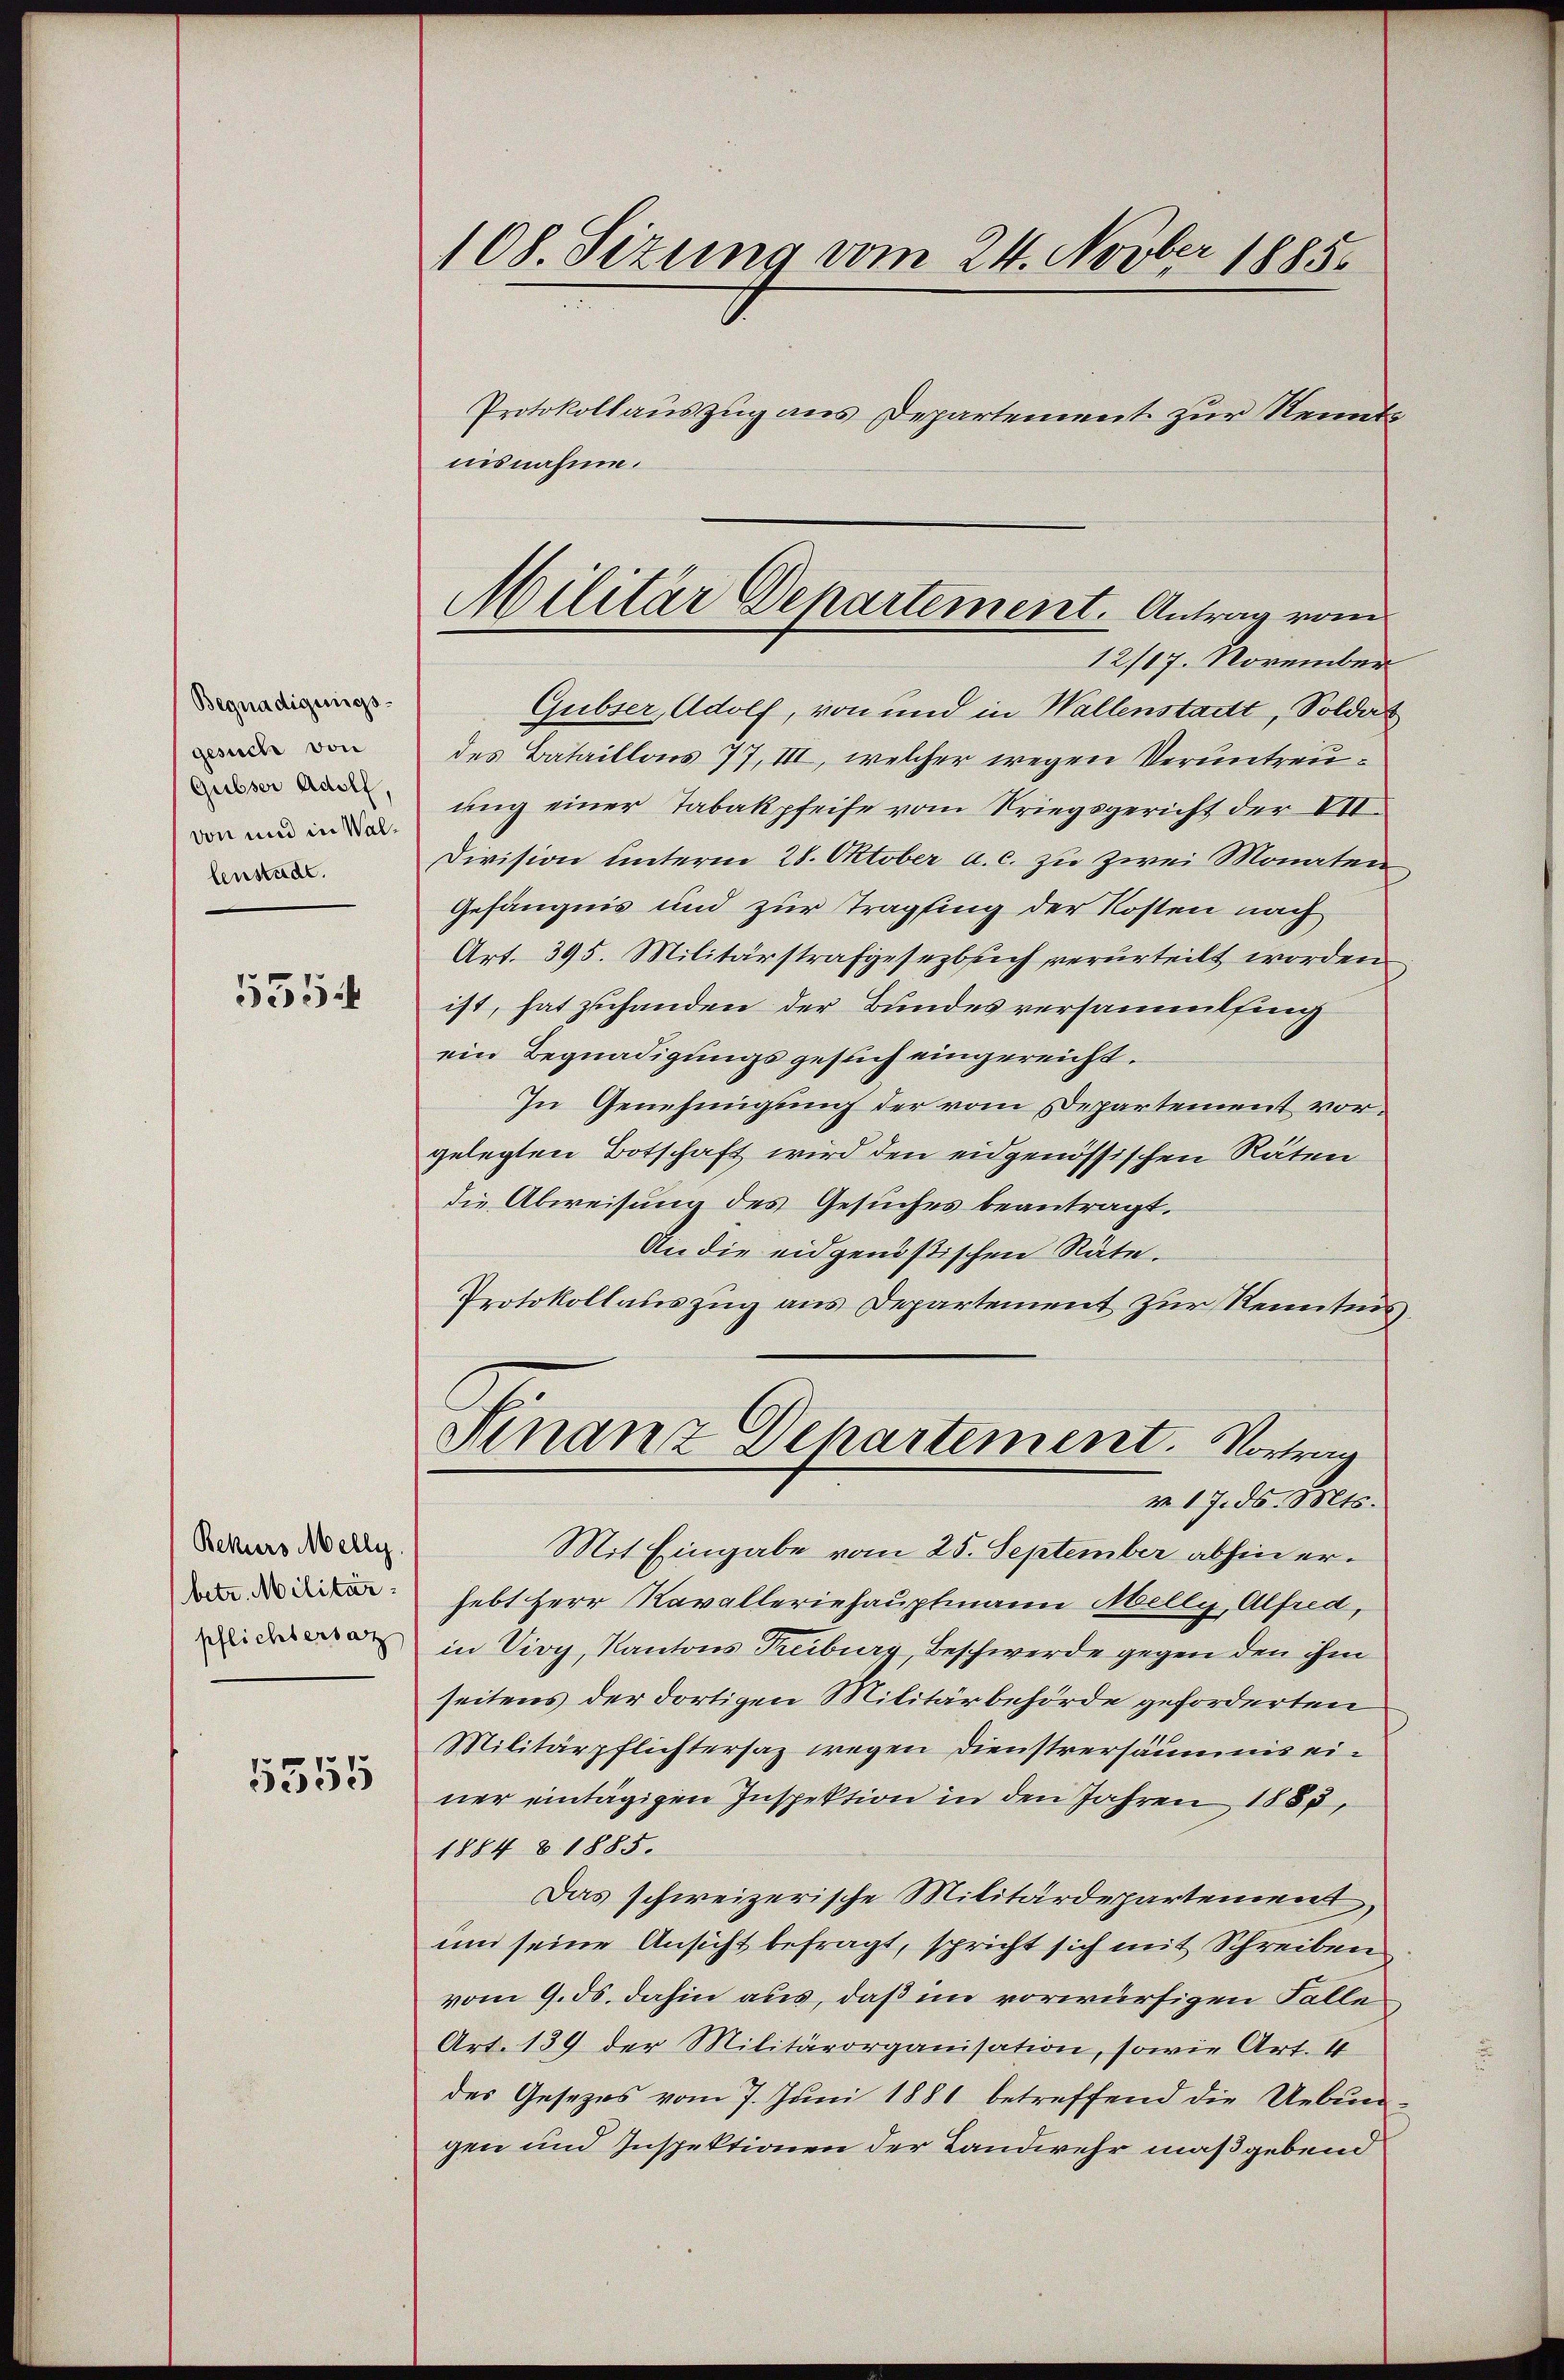
Begnadigungs-
gesuch von
Gubser Adolf,
von und in Walbenstadt.

535

Rekurs Melly.
betr. Militärpflichtersatz

5555

108. Sizung vom 24. Novber 1885.
Protokollauszug aus Departement zur Kenntnisnahme.

Gubser, Adolf, von und in Wallenstadt, Soldat
des Bataillons 77, III, welcher wegen Veruntreuung einer Tabakpfeife vom Kriegsgericht der VII.
Division unterm 28. Oktober a.c. zu zwei Monaten
Gefängnis und zur Tragfing der Kosten nach
Art. 395. Militärstrafgesezbsich verurteilt worden
ist, hat zuhanden der Bundesversammelfing
ein Begnadigungsgesuch eingereicht.
In Genehmigung der vom Departement vorgelegten Botschaft wird den eidgenössischen Räten
die Abweisung des Gesuches beantragt.
An die eidgenößischen Räte.
Protokollauszug aus Departement zur Kenntnis
Finanz Departement. Vortrag
v 17. ds. Mts.
Mit Eingabe vom 25. September abhin erhebt Herr Kavalleriehauptmann Melly, Alfred,
in Vioy, Kantons Treiburg, Beschwerde gegen den ihm
seitens der dortigen Militärbehörde geforderten
Militärpflichtersaz wegen Dienstversäumnis einer eintägigen Inspektion in den Jahren 1885,
1884 & 1885.
Das schweizerische Militärdepartement,
und seine Ansicht befragt, spricht sich mit Schreiben
vom 9. ds. dahin aus, daß im vorwürfigen Falle
Art. 139 der Militärorganisation, sowie Art. 4
des Gesezes vom 7. Juni 1881 betreffend die Uebungen und Inspektionen der Landwehr maßgebend

Militär Departement. Antrag vom
12/17. November